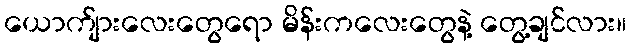
ယောက်ျားလေးတွေရော မိန်းကလေးတွေနဲ့ တွေ့ချင်လား။